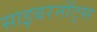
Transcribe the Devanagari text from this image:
साइबरनॉट्स